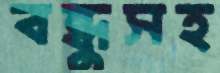
বন্ধুসহ